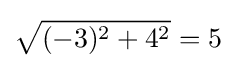
{\sqrt {(-3)^{2}+4^{2}}}=5